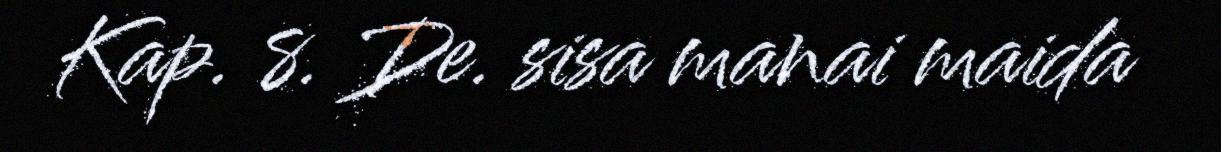
Kap. 8. De. sisa manai maida